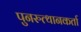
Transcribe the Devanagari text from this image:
पुनरुत्थानकर्ता